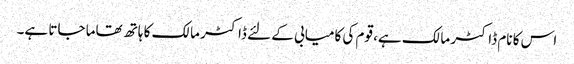
اس کا نام ڈاکٹر مالک ہے، قوم کی کامیابی کے لئے ڈاکٹر مالک کا ہاتھ تھاما جاتا ہے۔